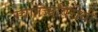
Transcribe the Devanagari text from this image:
स्वातंत्र्यविरोधी